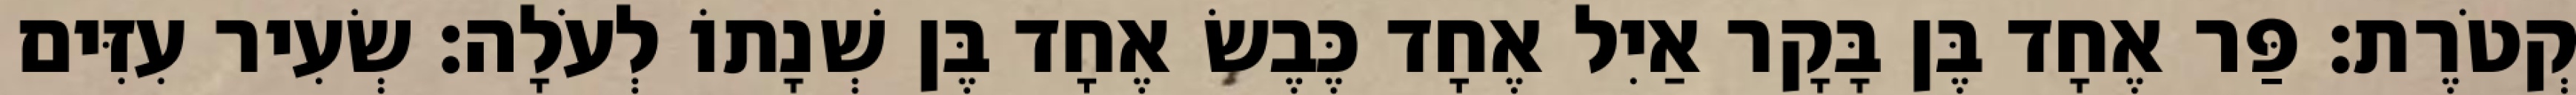
קְטֹרֶת׃ פַּר אֶחָד בֶּן בָּקָר אַיִל אֶחָד כֶּבֶשׂ אֶחָד בֶּן שְׁנָתוֹ לְעֹלָה׃ שְׂעִיר עִזִּים